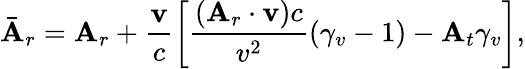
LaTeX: \bar{\mathbf{A}}_{r}=\mathbf{A}_{r}+\frac{\mathbf{v}}{c}\left[\frac{(\mathbf{A}_{r}\cdot\mathbf{v})c}{v^{2}}(\gamma_{v}-1)-\mathbf{A}_{t}\gamma_{v}\right],